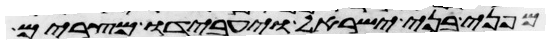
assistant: מפני בני ישראל ויעבדו מצרים